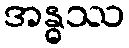
အန္ဓဿ